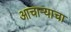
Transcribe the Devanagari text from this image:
आचार्‍याचा